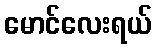
မောင်လေးရယ်